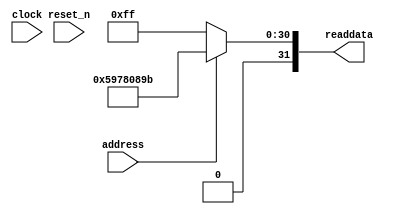
module soc_design_SystemID_7 (
                address,
                clock,
                reset_n,
                readdata
             )
;
  output  [ 31: 0] readdata;
  input            address;
  input            clock;
  input            reset_n;
  wire    [ 31: 0] readdata;
  assign readdata = address ? 1501038747 : 255;
endmodule